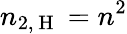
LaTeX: n_{2,\mathrm{~H~}}=n^{2}